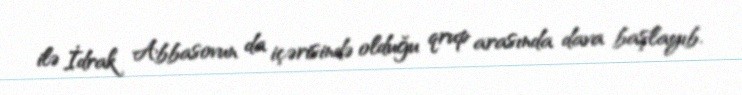
ilə İdrak Abbasovun da içərisində olduğu qrup arasında dava başlayıb.